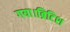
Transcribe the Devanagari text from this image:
गया।ब्रिटिश